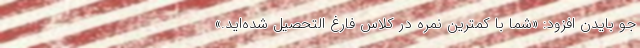
جو بایدن افزود: «شما با کمترین نمره در کلاس فارغ التحصیل شده‌اید.»